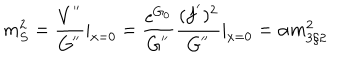
LaTeX: m _ { S } ^ { 2 } = \frac { V ^ { ' ^ { \prime } } } { G ^ { ' ^ { \prime } } } | _ { x = 0 } = \frac { \mathrm { e } ^ { G _ { 0 } } } { G ^ { ' ^ { \prime } } } \frac { ( f ^ { ' } ) ^ { 2 } } { G ^ { ' ^ { \prime } } } | _ { x = 0 } = \alpha m _ { 3 / 2 } ^ { 2 }